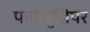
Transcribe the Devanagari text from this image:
फलश्रुतिपर